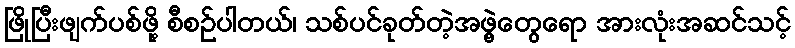
ဖြိုပြီးဖျက်ပစ်ဖို့ စီစဉ်ပါတယ်၊ သစ်ပင်ခုတ်တဲ့အဖွဲ့တွေရော အားလုံးအဆင်သင့်